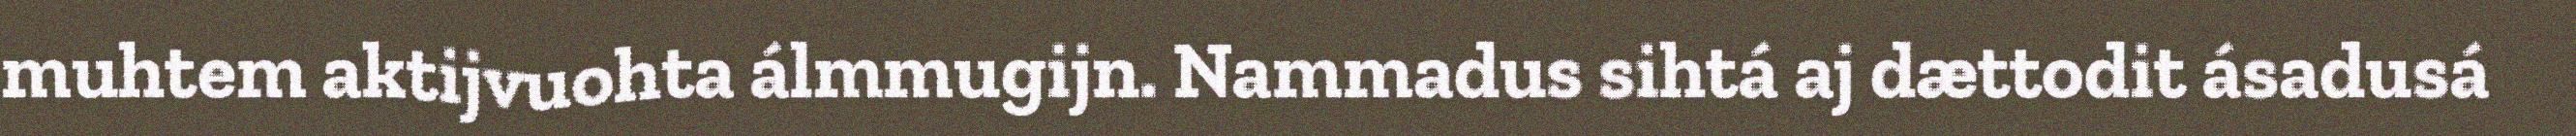
muhtem aktijvuohta álmmugijn. Nammadus sihtá aj dættodit ásadusá